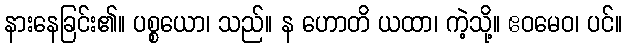
နားနေခြင်း၏။ ပစ္စယော၊ သည်။ န ဟောတိ ယထာ၊ ကဲ့သို့။ ဧဝမေဝ၊ ပင်။